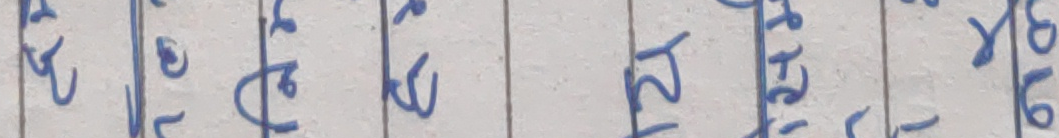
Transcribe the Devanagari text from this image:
कँ कँ लक २४ ।